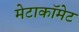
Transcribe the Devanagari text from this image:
मेटाकॉमेट